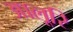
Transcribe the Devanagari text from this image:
आलूरि